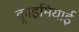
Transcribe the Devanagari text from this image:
क़्राइमियाई